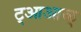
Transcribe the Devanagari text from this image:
ट्आआळ्